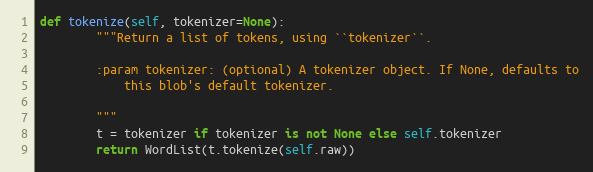
Language: Python
def tokenize(self, tokenizer=None):
        """Return a list of tokens, using ``tokenizer``.

        :param tokenizer: (optional) A tokenizer object. If None, defaults to
            this blob's default tokenizer.

        """
        t = tokenizer if tokenizer is not None else self.tokenizer
        return WordList(t.tokenize(self.raw))